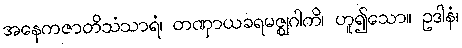
အနေကဇာတိသံသာရံ၊ တဏှာယခရမဇ္ဈဂါကိ၊ ဟူ၍သော။ ဥဒါနံ၊